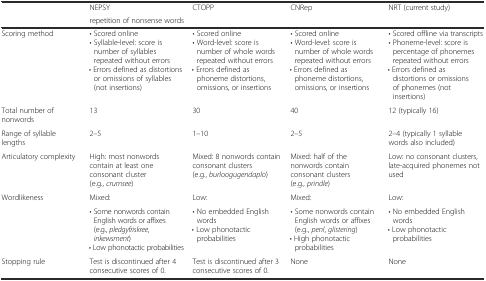
| <ROWSPAN=2>  | NEPSY | <ROWSPAN=2> CTOPP | <ROWSPAN=2> CNRep | <ROWSPAN=2> NRT (current study) |
 | repetition of nonsense words |
 | --- | --- | --- | --- | --- |
 | Scoring method | • Scored online • Syllable-level: score is number of syllables repeated without errors • Errors defined as distortions or omissions of syllables (not insertions) | • Scored online • Word-level: score is number of whole words repeated without errors • Errors defined as phoneme distortions, omissions, or insertions | • Scored online • Word-level: score is number of whole words repeated without errors • Errors defined as phoneme distortions, omissions, or insertions | • Scored offline via transcripts • Phoneme-level: score is percentage of phonemes repeated without errors • Errors defined as distortions or omissions of phonemes (not insertions) |
 | Total number of nonwords | 13 | 30 | 40 | 12 (typically 16) |
 | Range of syllable lengths | 2–5 | 1–10 | 2–5 | 2–4 (typically 1 syllable words also included) |
 | Articulatory complexity | High: most nonwords contain at least one consonant cluster (e.g., crumsee) | Mixed: 8 nonwords contain consonant clusters (e.g., burloogugendaplo) | Mixed: half of the nonwords contain consonant clusters (e.g., prindle) | Low: no consonant clusters, late-acquired phonemes not used |
 | <ROWSPAN=2> Wordlikeness | Mixed: | Low: | Mixed: | Low: |
 | • Some nonwords contain English words or affixes (e.g., pledgyfriskree, inkewsment) • Low phonotactic probabilities | • No embedded English words • Low phonotactic probabilities | • Some nonwords contain English words or affixes (e.g., penl, glistering) • High phonotactic probabilities | • No embedded English words • Low phonotactic probabilities |
 | Stopping rule | Test is discontinued after 4 consecutive scores of 0. | Test is discontinued after 3 consecutive scores of 0. | None | None |